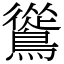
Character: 䳷